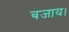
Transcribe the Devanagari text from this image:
बजाय।